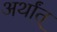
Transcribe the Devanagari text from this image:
अर्थांत्‌